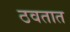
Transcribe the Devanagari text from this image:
ठवतात